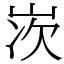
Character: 𡷑